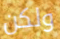
ولكن